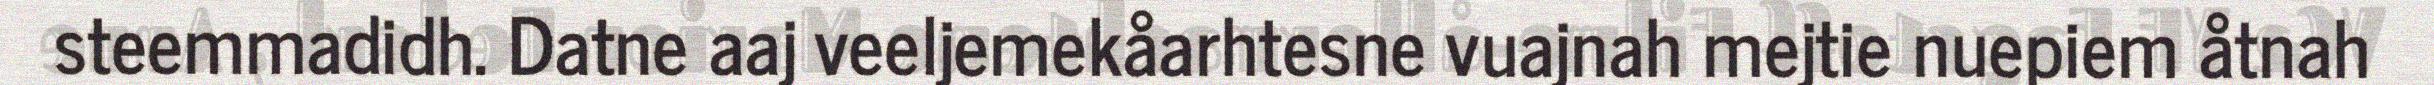
steemmadidh. Datne aaj veeljemekåarhtesne vuajnah mejtie nuepiem åtnah